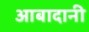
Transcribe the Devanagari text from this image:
आबादानी